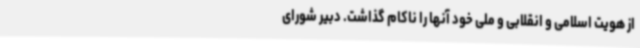
از هویت اسلامی و انقلابی و ملی خود آنها را ناکام گذاشت. دبیر شورای